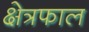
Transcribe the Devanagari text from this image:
क्षेत्रफाल